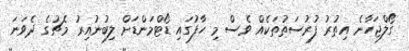
ގޯލްޖަހާނެ އިތުރު ފުރުސަތުތަކެއް ވެސް މި ހާފުގައި ޑޯޓްމަންޑަށް ލިބުނުއިރު މެޗުގެ ދެވަނަ